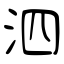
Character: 泗